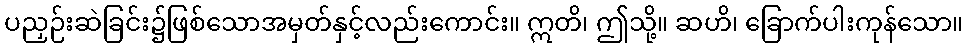
ပညှဉ်းဆဲခြင်း၌ဖြစ်သောအမှတ်နှင့်လည်းကောင်း။ ဣတိ၊ ဤသို့။ ဆဟိ၊ ခြောက်ပါးကုန်သော။